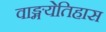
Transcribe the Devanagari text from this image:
वाङ्मयेतिहास